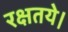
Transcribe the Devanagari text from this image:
रक्षतये।